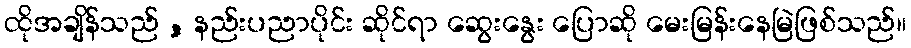
ထိုအချိန်သည် , နည်းပညာပိုင်း ဆိုင်ရာ ဆွေးနွေး ပြောဆို မေးမြန်းနေမြဲဖြစ်သည်။